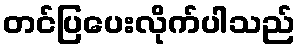
တင်ပြပေးလိုက်ပါသည်